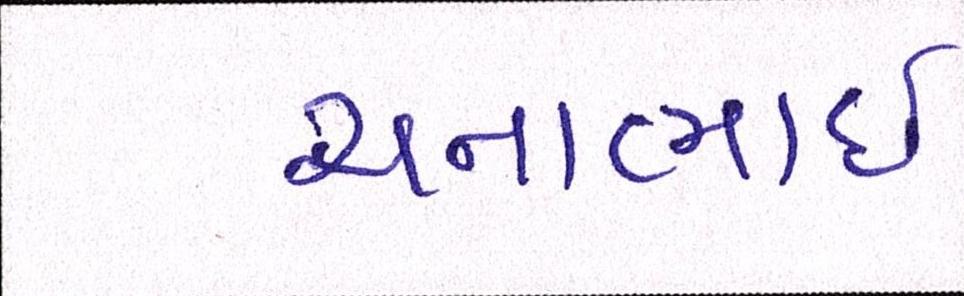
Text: ચનાભાઇ